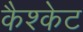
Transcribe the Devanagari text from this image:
कैश्केट